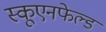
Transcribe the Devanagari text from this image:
स्कूएनफेल्ड